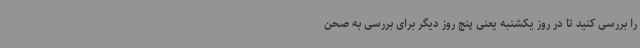
را بررسی کنید تا در روز یکشنبه یعنی پنج روز دیگر برای بررسی به صحن